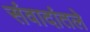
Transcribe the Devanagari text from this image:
संवादांतले